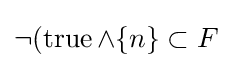
\neg (\operatorname {true} \land \{n\}\subset F